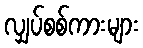
လျှပ်စစ်ကားများ